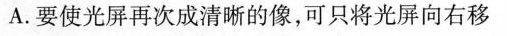
A.要使光屏再次成清晰的像，可只将光屏向右移